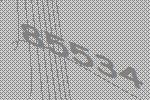
85534